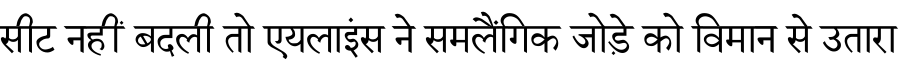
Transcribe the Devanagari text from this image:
सीट नहीं बदली तो एयलाइंस ने समलैंगिक जोड़े को विमान से उतारा